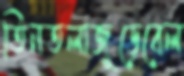
তিনতলাজুড়েবেল